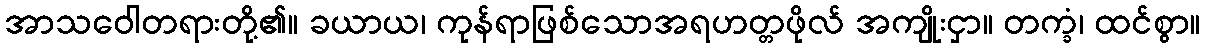
အာသဝေါတရားတို့၏။ ခယာယ၊ ကုန်ရာဖြစ်သောအရဟတ္တဖိုလ် အကျိုးငှာ။ တက္ခံ၊ ထင်စွာ။